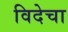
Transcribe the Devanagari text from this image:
विदेचा